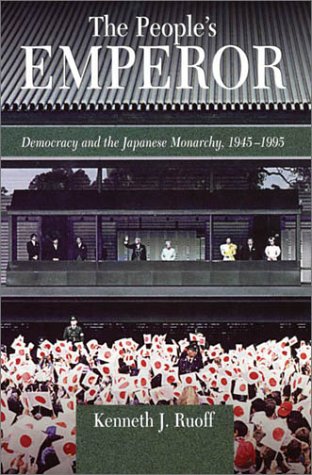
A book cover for The People's Emperor: Democracy and the Japanese Monarchy, 1945-1995 (Harvard East Asian Monographs); Kenneth J. Ruoff; Biographies & Memoirs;